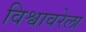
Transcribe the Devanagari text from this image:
विश्वावरेला